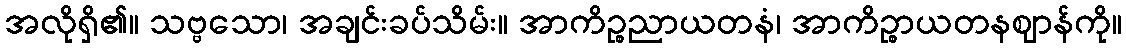
အလိုရှိ၏။ သဗ္ဗသော၊ အချင်းခပ်သိမ်း။ အာကိဉ္စညာယတနံ၊ အာကိဉ္စာယတနဈာန်ကို။